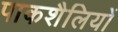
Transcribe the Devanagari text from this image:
पाकशैलियों